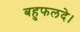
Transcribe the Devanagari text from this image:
बहुफलदे।